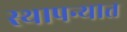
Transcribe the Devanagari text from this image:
स्थापन्यात